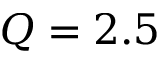
Q = 2 . 5